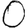
Digit: 0